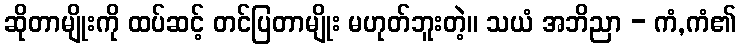
ဆိုတာမျိုးကို ထပ်ဆင့် တင်ပြတာမျိုး မဟုတ်ဘူးတဲ့။ သယံ အဘိညာ - ကံ,ကံ၏